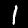
Label: 1